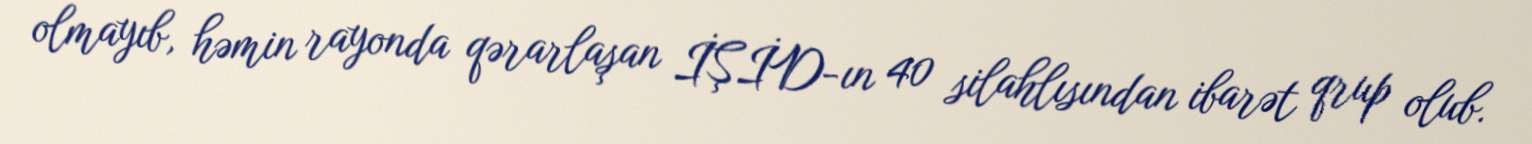
olmayıb, həmin rayonda qərarlaşan İŞİD-ın 40 silahlısından ibarət qrup olub.